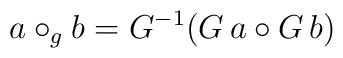
a\circ _gb=G^{-1}(G\,a\circ G\,b)